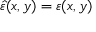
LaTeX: \hat { \varepsilon } ( x , y ) = \varepsilon ( x , y )